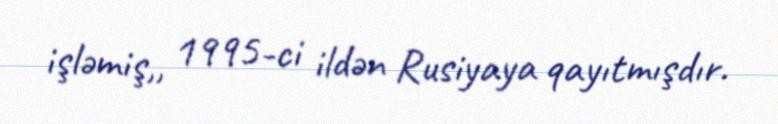
işləmiş,, 1995-ci ildən Rusiyaya qayıtmışdır.